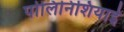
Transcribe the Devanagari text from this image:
पोलिनिशियाई